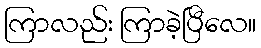
ကြာလည်း ကြာခဲ့ပြီလေ။